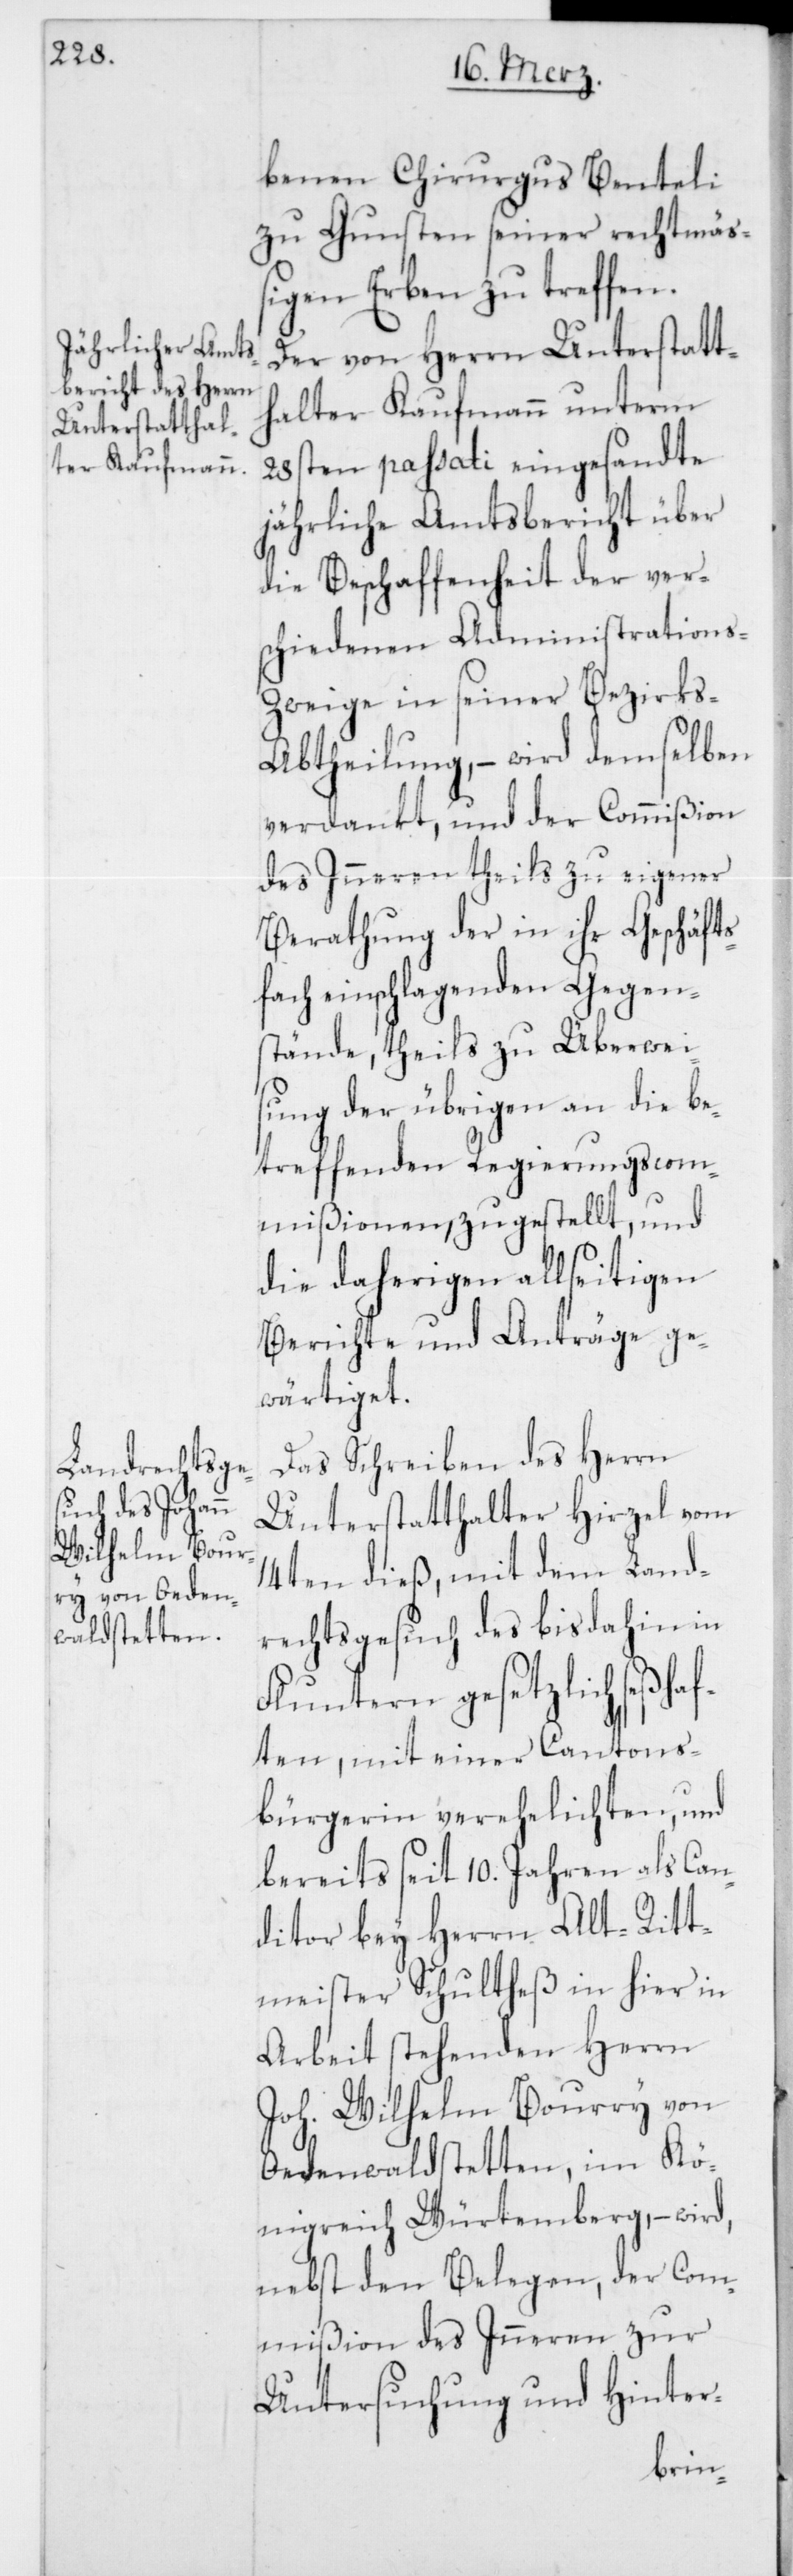
benen Chirurgus Benteli
zu Gunsten seiner rechtmäß¬
igen Erben zu treffen.
Der von Herrn Unterstatt¬
halter Kaufmann unterm
28sten passati eingesandte
jährliche Amtsbericht über
die Beschaffenheit der ver¬
schiedenen Administrations-Z¬
weige in seiner Bezirks-A¬
btheilung, – wird demselben
verdankt, und der Commißion
des Inneren theils zu eigener
Berathung der in ihr Geschäfts¬
fach einschlagenden Gegen¬
stände, theils zu Überwei¬
sung der übrigen an die be¬
treffenden Regierungscom¬
mißionen, zugestellt, und
die daherigen allseitigen
Berichte und Anträge ge¬
wärtiget.
Das Schreiben des Herrn
Unterstatthalter Hirzel vom
14ten dieß, mit dem Land¬
rechtsgesuch des bis dahin in
Fluntern gesetzlich seßha¬
ften, mit einer Cantons¬
bürgerin verehelichten, und
bereits seit 10. Jahren als Con¬
ditor bey Herrn Alt-Ritt¬
meister Schultheß in hier in
Arbeit stehenden Herrn
Joh. Wilhelm Bourry von
Oedenwaldstetten, im Kö¬
nigreich Würtemberg, – wird,
nebst den Belegen, der Com¬
mißion des Inneren zur
Untersuchung und Hinter-